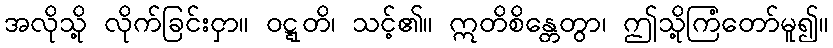
အလိုသို့ လိုက်ခြင်းငှာ။ ဝဋ္ဋတိ၊ သင့်၏။ ဣတိစိန္တေတွာ၊ ဤသို့ကြံတော်မူ၍။